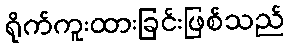
ရိုက်ကူးထားခြင်းဖြစ်သည်